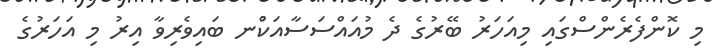
މި ކޮންފެރެންސްގައި މިއަހަރު ބޭރުގެ ދެ މުއައްސަސާއަކުްނ ބައިވެރިވާ އިރު މި އަހަރުގެ